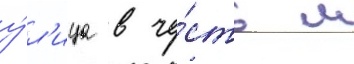
у́л'ица в че́сть м